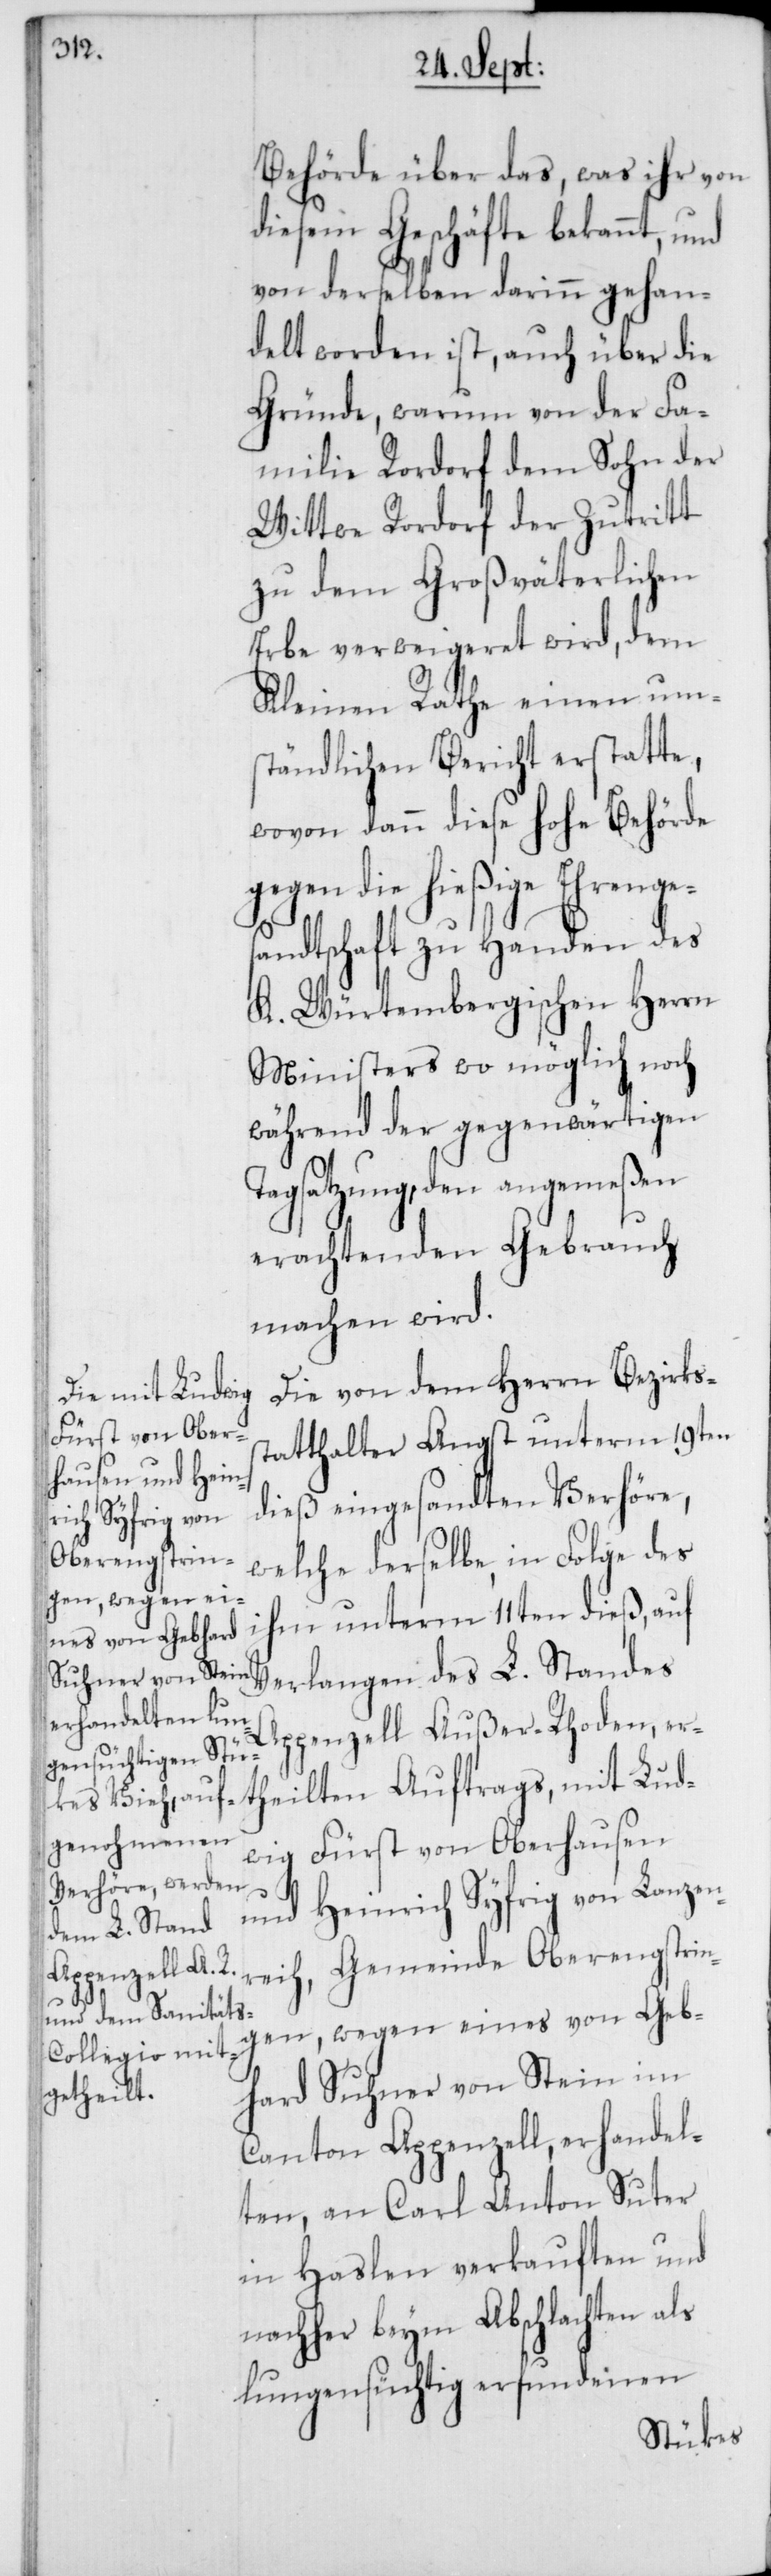
Behörde über das, was ihr von
diesem Geschäfte bekannt, und
von derselben darinn gehan¬
delt worden ist, auch über die
Gründe, warum von der Fa¬
milie Rordorf dem Sohn der
Wittwe Rordorf der Zutritt
zu dem Großväterlichen
Erbe verweigeret wird, dem
Kleinen Rathe einen um¬
ständlichen Bericht erstatte,
wovon dann diese hohe Behörde
gegen die hießige Ehrenges¬
andtschaft zu Handen des
K. Würtembergischen Herrn
Ministers wo möglich noch
während der gegenwärtigen
Tagsatzung, den angemeßen
erachtenden Gebrauch
machen wird.
Die von dem Herrn Bezirks¬
mit Lud¬
statthalter Angst unterm 19ten
dieß eingesandten Verhöre,
welche derselbe, in Folge des
ihm unterm 11ten dieß, auf
Verlangen des L. Standes
Appenzell Außer Rhoden er¬
wig Fürst von Oberhausen
und Heinrich Syfrig von Lanzen¬
reih, Gemeinde Oberengstrin¬
gen, wegen eines von Geb¬
hard Suhner von Stein im
theilten
Canton Appenzell, erhandel¬
ten, an Carl Anton Suter
in Haslen verkauften und
nachher beym Abschlachten als
lungensüchtig erfundenen